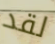
لقد